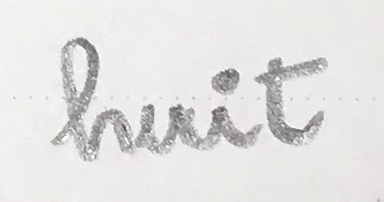
huit